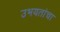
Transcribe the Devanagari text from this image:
उभयतांचा